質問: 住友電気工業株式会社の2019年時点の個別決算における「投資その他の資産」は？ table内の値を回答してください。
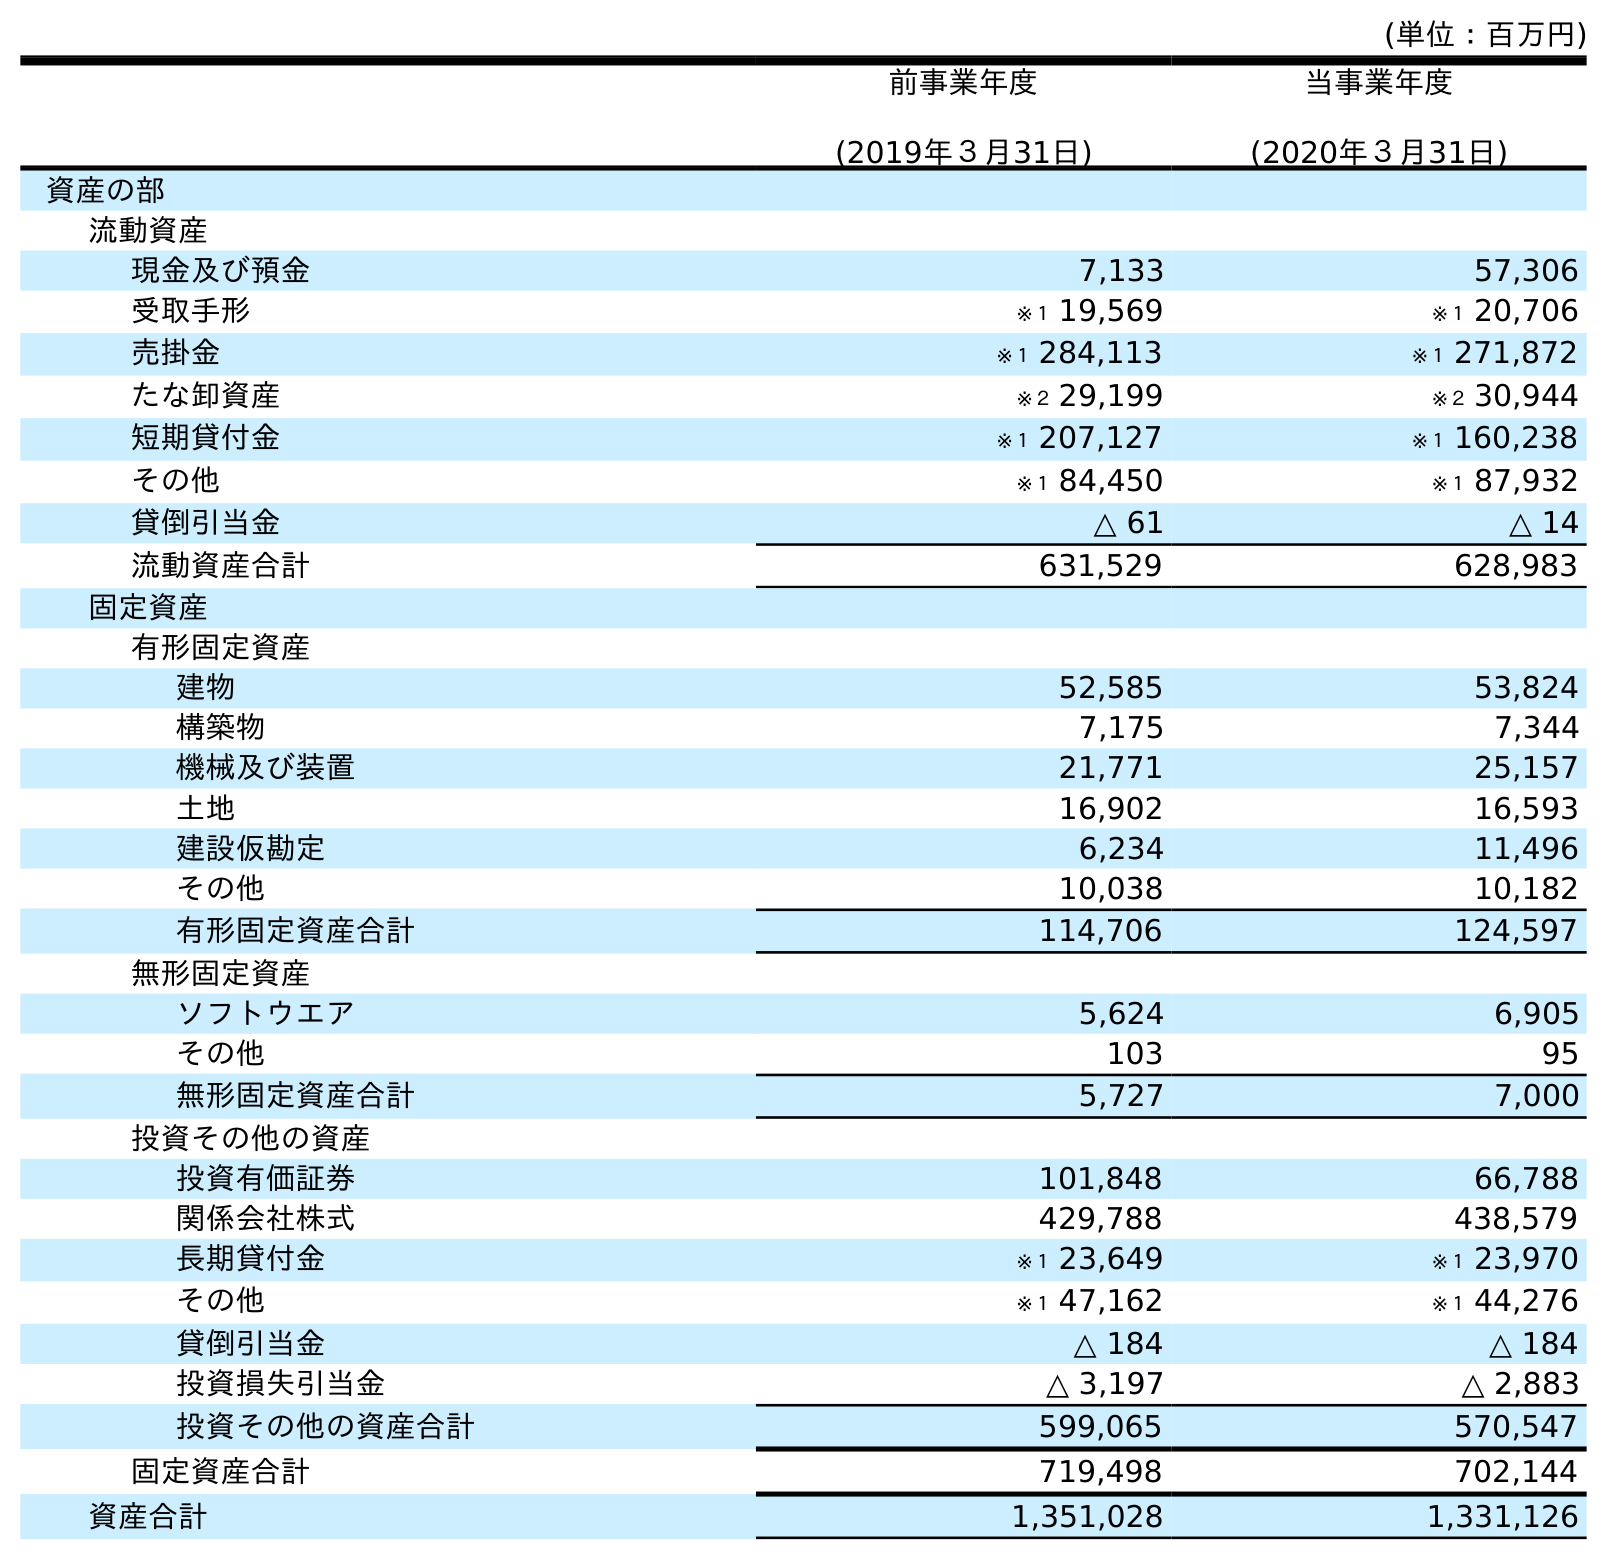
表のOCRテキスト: (単位：百万円) 前事業年度 (2019年３月31日) 当事業年度 (2020年３月31日) 資産の部 流動資産 現金及び預金 7,133 57,306 受取手形 ※１ 19,569 ※１ 20,706 売掛金 ※１ 284,113 ※１ 271,872 たな卸資産 ※２ 29,199 ※２ 30,944 短期貸付金 ※１ 207,127 ※１ 160,238 その他 ※１ 84,450 ※１ 87,932 貸倒引当金 △ 61 △ 14 流動資産合計 631,529 628,983 固定資産 有形固定資産 建物 52,585 53,824 構築物 7,175 7,344 機械及び装置 21,771 25,157 土地 16,902 16,593 建設仮勘定 6,234 11,496 その他 10,038 10,182 有形固定資産合計 114,706 124,597 無形固定資産 ソフトウエア 5,624 6,905 その他 103 95 無形固定資産合計 5,727 7,000 投資その他の資産 投資有価証券 101,848 66,788 関係会社株式 429,788 438,579 長期貸付金 ※１ 23,649 ※１ 23,970 その他 ※１ 47,162 ※１ 44,276 貸倒引当金 △ 184 △ 184 投資損失引当金 △ 3,197 △ 2,883 投資その他の資産合計 599,065 570,547 固定資産合計 719,498 702,144 資産合計 1,351,028 1,331,126
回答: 599,065